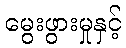
မွေးဖွားမှုနှင့်